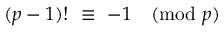
( p - 1 ) ! \ \equiv \ - 1 { \pmod { p } }